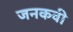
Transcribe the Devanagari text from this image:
जनकवी